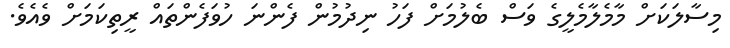
މިސާލަކަށް މާމެލާމެލީގެ ވަސް ބެލުމަށް ފަހު ނިދުމުން ފެންނަ ހުވަފެންތައް ރީތިކަމަށް ވެއެވެ.